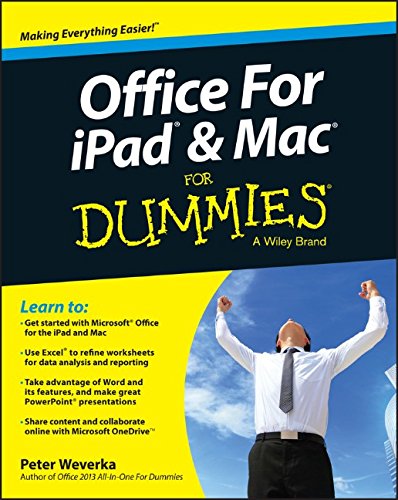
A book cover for Office for iPad and Mac For Dummies; Peter Weverka; Computers & Technology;